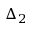
\Delta _ { 2 }